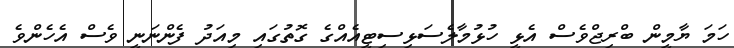
ހަމަ ޔާމީން ބްރިޖްވެސް އެޅީ ހުޅުމާލެސަޅިސިޓީއެއްގެ ގޮތުގައި މިއަދު ފެންނަނީ ވެސް އެހެންވެ